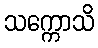
သက္ကောသိ